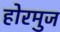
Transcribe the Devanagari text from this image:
होरमुज